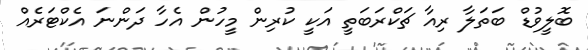
ބޮލީވުޑް ބަތަލާ ރިއާ ޗަކްރަބަތީ އަކީ ކުރިން މީހުން އެހާ ދަންނަ އެކްޓަރެއް